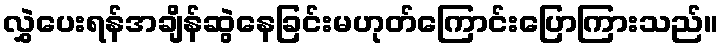
လွှဲပေးရန်အချိန်ဆွဲနေခြင်းမဟုတ်ကြောင်းပြောကြားသည်။